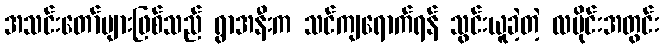
အသင်းတော်များဖြစ်သည် ရွာအနီးက သင်ကျရောက်ရန် သွင်းယူခဲ့တဲ့ လပိုင်းအတွင်း